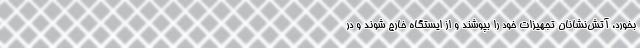
بخورد، آتش‌نشانان تجهیزات خود را بپوشند و از ایستگاه خارج شوند و در